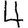
Digit: 4